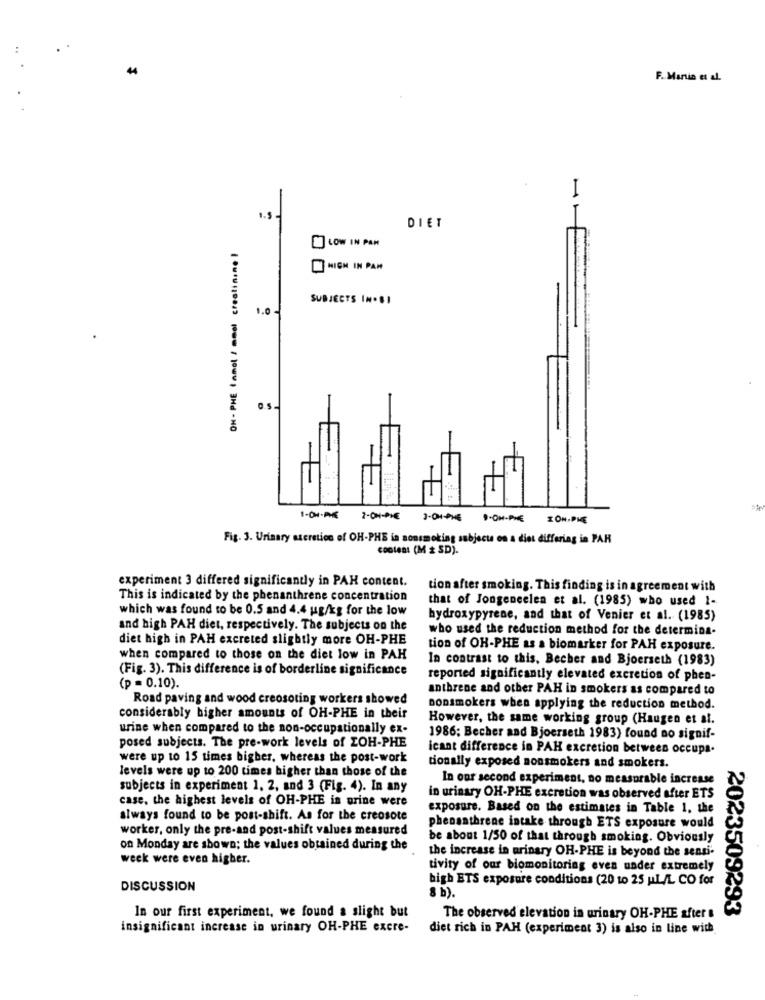
..
44
F. Martin et al.
1.5
DIET
LOW IN PAN
OH- PHE ( amol / mmol creatinine I
MICH IN PAH
SUBJECTS IN.SI
1.0 1
1-OM-PHE
2-04-PIE
3-04-PHE
ION.PHE
Fig. 3. Urinary sacretion of OH-PHE in nonsmoking subjects on a diet differing in PAR
coolest (M & SD).
experiment 3 differed significantly in PAH content.
tion after smoking. This finding is in agreement with
This is indicated by the phenanthrene concentration
that of Jongeneelen et al. (1985) who used 1-
which was found to be 0.5 and 4.4 ug/kg for the low
hydroxypyrene, and that of Venier et al. (1985)
and high PAH diet, respectively. The subjects on the
who used the reduction method for the determina-
diet high in PAH excreted slightly more OH-PHE
tion of OH-PHE as a biomarker for PAH exposure.
when compared to those on the diet low in PAH
In contrast to this, Becher and Bjoerseth (1983)
(Fig. 3). This difference is of borderline significance
reported significantly elevated excretion of phen-
(p = 0.10).
anthrene and other PAH in smokers as compared to
Road paving and wood creosoting workers showed
nonsmokers when applying the reduction method.
considerably higher amounts of OH-PHE in their
However, the same working group (Haugen et al.
urine when compared to the non-occupationally ex-
1986; Becher and Bjoerseth 1983) found no signif-
posed subjects. The pre-work levels of ZOH-PHE
icant difference in PAH excretion between occupa.
were up to 15 times bigber, whereas the post-work
levels were up to 200 times higher than those of the
tionally exposed nonsmokers and smokers.
In our second experiment, no measurable increase
subjects in experiment 1, 2, and 3 (Fig. 4). In any
case, the highest levels of OH-PHE in urine were
in urinary OH-PHE excretion was observed after ETS
exposure. Based on the estimates in Table 1. the
always found to be post-shift. As for the creosote
worker, only the pre-and post-shift values measured
phenanthrene intake through ETS exposure would
be about 1/50 of that through smoking. Obviously
on Monday are shown; the values obtained during the
the increase in urinary OH-PHE is beyond the senti
weck were even higher.
tivity of our biomonitoring even under extremely
bigh ETS exposure conditions (20 to 25 ul /L CO for
DISCUSSION
8 b).
In our first experiment, we found a slight but
2023509293
The observed elevation in urinary OH-PHE after &
insignificant increase in urinary OH-PHE excre-
diet rich in PAH (experiment 3) is also in line with